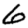
Digit: 6